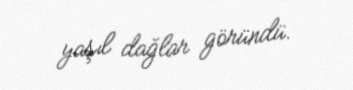
yaşıl dağlar göründü.